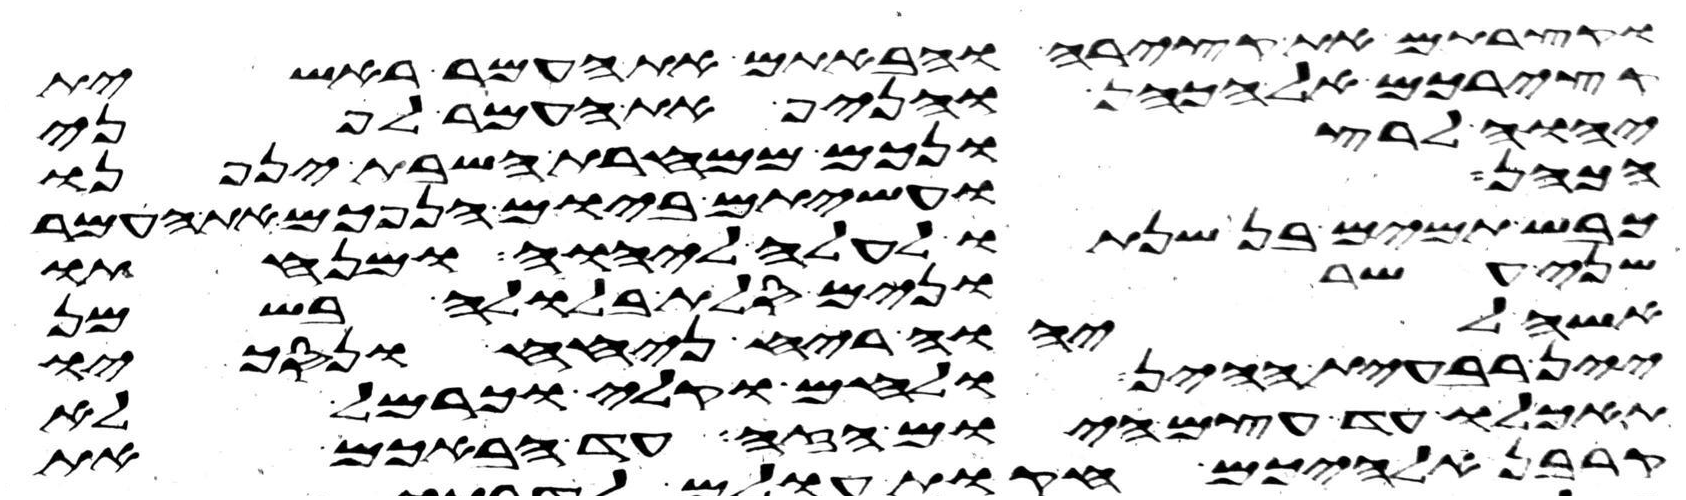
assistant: וקצרתם את קצירה והבאתם את העמר ראשית
קצירכם אל הכהן והניף את העמר לפני
יהוה לרצונכם ממחרת השבת יניפנו
הכהן ועשיתם ביום הנפכם את העמר
כבש תמים בן שנתו לעלה ליהוה ומנחתו
שני עשרנים סלת בלולה בשמן
אשה ליהוה ריח ניחח ונסכו
יין רביעית ההין ולחם וקלי וכרמל לא
תאכלו עד עצם היום הזה עד הבאכם את